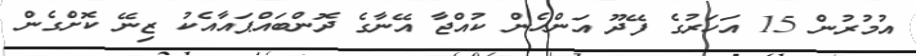
އުމުރުން 15 އަހަރުގެ ފޭދޫ އަންހެން ކުއްޖާ އޭނާގެ ދޮންބައްޕައާއެކު ޒިނޭ ކޮށްގެން